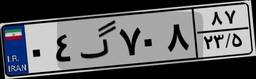
۳۳گ۵۴۰۸۸